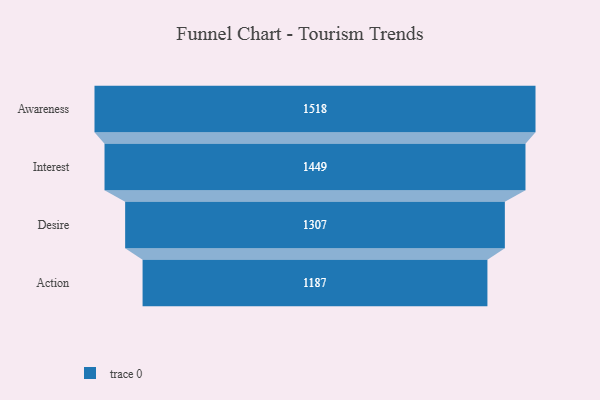
{"axis": {"x": "Stage", "y": "Value"}, "legend": [""], "data": [{"x": "Awareness", "y": 1518.0, "type": ""}, {"x": "Interest", "y": 1449.0, "type": ""}, {"x": "Desire", "y": 1307.0, "type": ""}, {"x": "Action", "y": 1187.0, "type": ""}]}